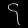
Digit: ၄